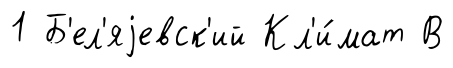
1 Б'ел'яjевск'ий Кл'и́мат В